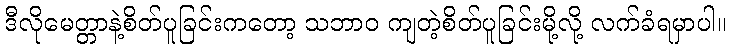
ဒီလိုမေတ္တာနဲ့စိတ်ပူခြင်းကတော့ သဘာဝ ကျတဲ့စိတ်ပူခြင်းမို့လို့ လက်ခံရမှာပါ။